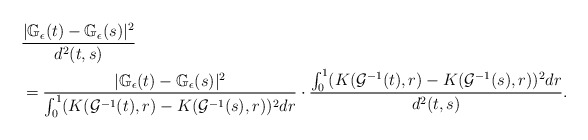
\begin{align*}&\frac{|\mathbb{G}_{\epsilon}(t)-\mathbb{G}_{\epsilon}(s)|^{2}}{d^2(t,s)}\\&=\frac{|\mathbb{G}_{\epsilon}(t)-\mathbb{G}_{\epsilon}(s)|^{2}}{\int^{1}_{0}(K(\mathcal{G}^{-1}(t), r)-K(\mathcal{G}^{-1}(s), r))^{2}dr}\cdot\frac{\int^{1}_{0}(K(\mathcal{G}^{-1}(t), r)-K(\mathcal{G}^{-1}(s), r))^{2}dr}{d^2(t,s)}.\end{align*}